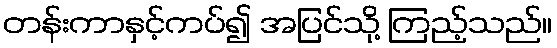
တန်းကာနှင့်ကပ်၍ အပြင်သို့ ကြည့်သည်။